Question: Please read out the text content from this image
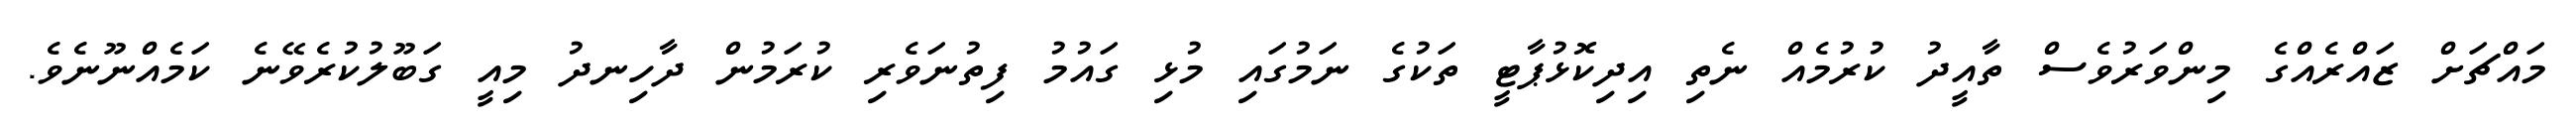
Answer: މައްޗަށް ޒައްރެއްގެ މިންވަރުވެސް ތާއީދު ކުރުމެއް ނެތި އިދިކޮޅުޕާޓީ ތަކުގެ ނަމުގައި މުޅި ގައުމު ފިތުނަވެރި ކުރަމުން ދާހިނދު މިއީ ގަބޫލުކުރެވޭނެ ކަމެއްނޫނެވެ.